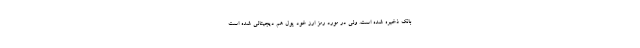
بانک ذخیره شده است. ولی در مورد رمز ارز خود پول هم دیجیتالی شده است